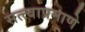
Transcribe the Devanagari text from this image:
सत्त्वाप्रमाणे